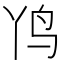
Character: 𲍫